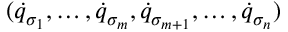
( { \dot { q } } _ { \sigma _ { 1 } } , \dots , { \dot { q } } _ { \sigma _ { m } } , { \dot { q } } _ { \sigma _ { m + 1 } } , \dots , { \dot { q } } _ { \sigma _ { n } } )